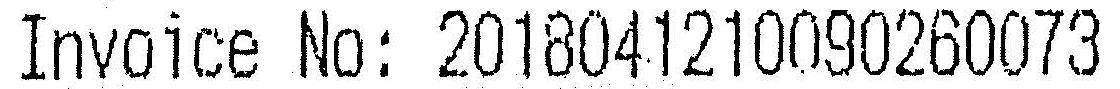
INVOICE NO: 2018041210090260073